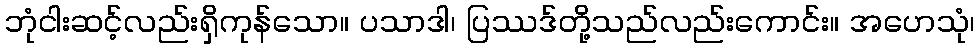
ဘုံငါးဆင့်လည်းရှိကုန်သော။ ပသာဒါ၊ ပြဿဒ်တို့သည်လည်းကောင်း။ အဟေသုံ၊